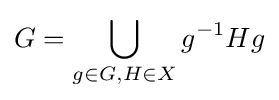
G=\bigcup _{g\in G,H\in X}g^{-1}Hg